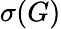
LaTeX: \sigma(G)